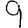
Digit: 9